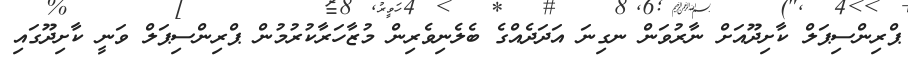
ޕްރިންސިޕަލް ކާށިދޫއަށް ނާރުވަން ނގިނަ އަދަދެއްގެ ބެލެނިވެރިން މުޒާހަރާކުރުމުން ޕްރިންސިޕަލް ވަނީ ކާށިދޫގައި